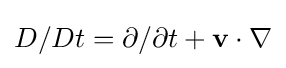
D/Dt=\partial /\partial t+\mathbf {v} \cdot \nabla